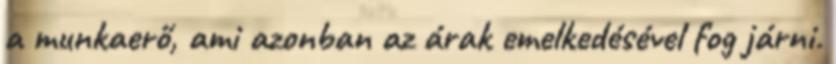
a munkaerő, ami azonban az árak emelkedésével fog járni.